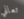
تعاني